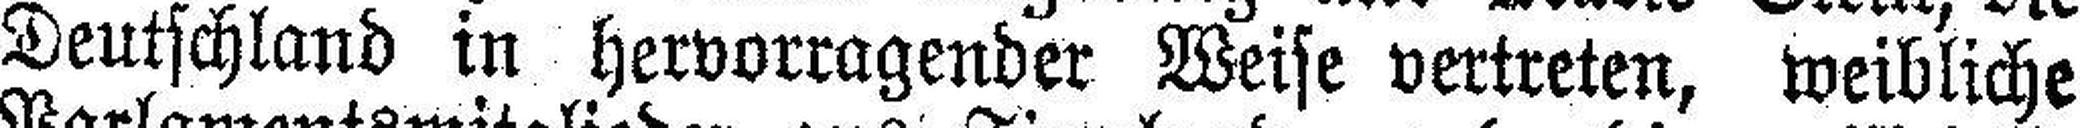
Deutschland in hervorragender Weise vertreten, weibliche